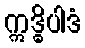
ဣဒ္ဓိပါဒံ